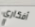
أفكاري